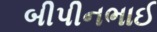
બીપીનભાઈ